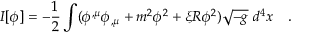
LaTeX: I [ \phi ] = - \frac 1 2 \int ( \phi ^ { , \mu } \phi _ { , \mu } + m ^ { 2 } \phi ^ { 2 } + \xi R \phi ^ { 2 } ) \sqrt { - g } ~ d ^ { 4 } x ~ ~ ~ .